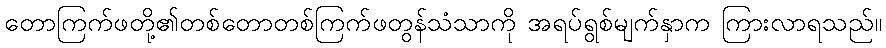
တောကြက်ဖတို့၏တစ်တောတစ်ကြက်ဖတွန်သံသာကို အရပ်ရွစ်မျက်နှာက ကြားလာရသည်။